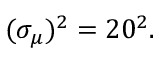
( \sigma _ { \mu } ) ^ { 2 } = 2 0 ^ { 2 } .